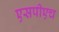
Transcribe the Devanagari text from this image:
एसपीएच